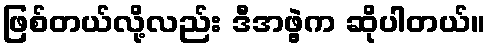
ဖြစ်တယ်လို့လည်း ဒီအဖွဲ့က ဆိုပါတယ်။